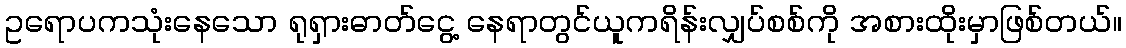
ဥရောပကသုံးနေသော ရုရှားဓာတ်ငွေ့ နေရာတွင်ယူကရိန်းလျှပ်စစ်ကို အစားထိုးမှာဖြစ်တယ်။